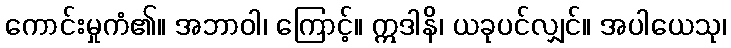
ကောင်းမှုကံ၏။ အဘာဝါ၊ ကြောင့်။ ဣဒါနိ၊ ယခုပင်လျှင်။ အပါယေသု၊